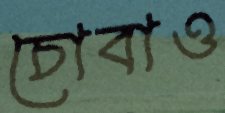
চোবাও